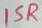
Text: 15R